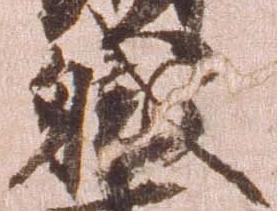
職